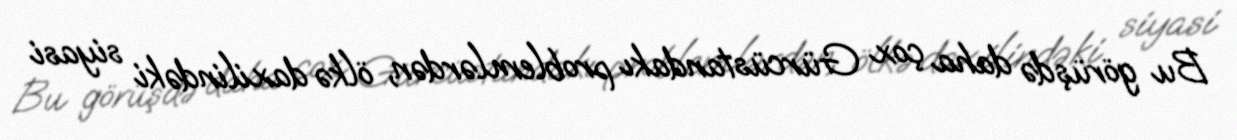
Bu görüşdə daha çox Gürcüstandakı problemlərdən, ölkə daxilindəki siyasi